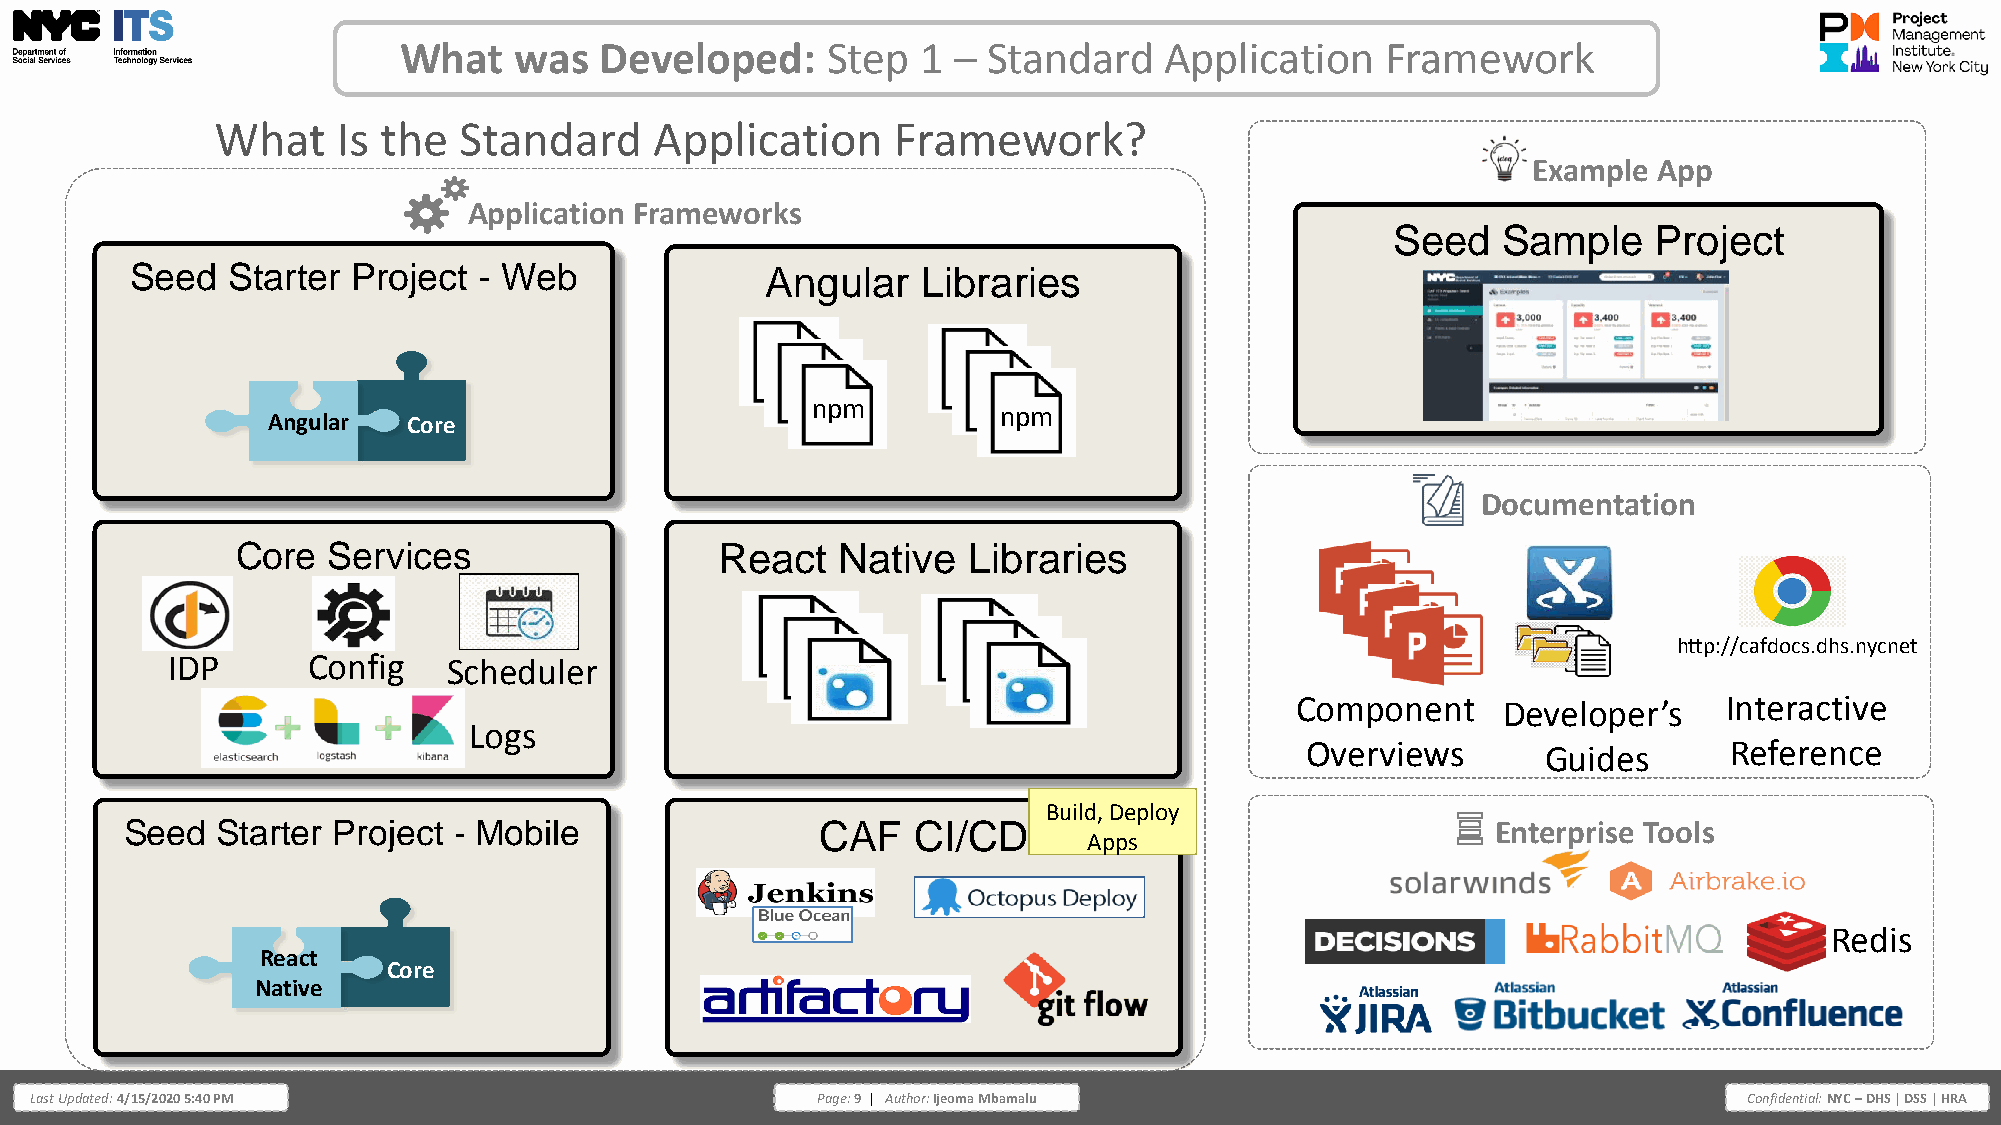
What    was   Developed:     Step  1 – Standard    Application    Framework
 What    Is the  Standard     Application     Framework?
 Example  App
 Application Frameworks
 Seed   Sample    Project
 Seed  Starter Project  - Web              Angular   Libraries
 npm
 npm
 npm
 npm
 npm
 npm
 Angular  Core
 Documentation
 Core  Services                  React  Native   Libraries
 http://cafdocs.dhs.nycnet
 IDP      Config    Scheduler
 Component    Developer’s    Interactive
 Logs
 Overviews       Guides       Reference
 Build, Deploy
 Seed  Starter Project - Mobile                CAF    CI/CD                                 Enterprise Tools
 Apps
 Redis
 React
 Core
 Native
 Last Updated: 4/15/2020 5:40 PM                     Page: 9 | Author: Ijeoma Mbamalu                              Confidential: NYC – DHS | DSS | HRA